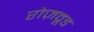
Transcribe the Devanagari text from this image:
रोज़वूड